Statistical return of the lunatic asylum in Assam - 1912-1932
Year: 1912
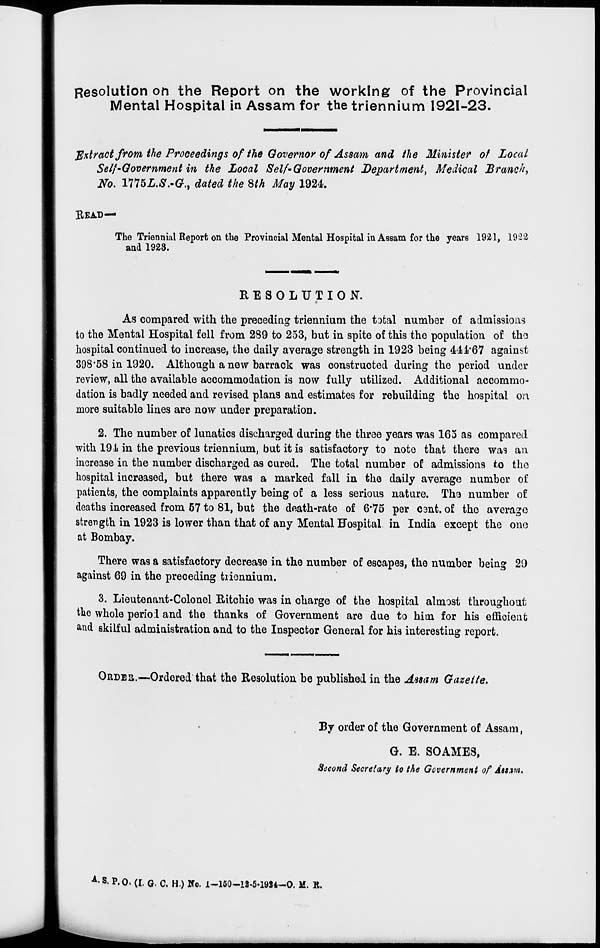
Resolution on the Report on the working of the Provincial
Mental Hospital in Assam for the triennium 1921-23.
Extract from the Proceedings of the Governor of Assam and the Minister of Local
Self-Government in the Local Self'Government Department, Medical Branch,
No. U75L.S.-G., dated the 8th May 1924.
BEAD—
The Triennial Report on the Provincial Mental Hospital in Assam for the years 1921, 1922
and 1923.
RESOLUTION.
As compared with the preceding triennium the total number of admissions
to the Mental Hospital fell from 289 to 253, but in spite of this the population of the
hospital continued to increase, the daily average strength in 1923 being 44ii a 67 against
398*58 in 1920. Although a new barrack was constructed during the period under
review, all the available accommodation is now fully utilized. Additional accommo-
dation is badly needed and revised plans and estimates for rebuilding the hospital on
more suitable lines are now under preparation.
2. The number of lunatics discharged during the three years was 165 as compared
with 191 in the previous triennium, but it is satisfactory to note that there was an
increase in the number discharged as cured. The total number of admissions to the
hospital increased, but there was a marked fall in the daily average number of
patients, the complaints apparently being of a less serious nature. The number of
deaths increased from 57 to 81, but the death-rate of 6*75 per C3nt. of the average
strength in 1923 is lower than that of any Mental Hospital in India except the ono
at Bombay.
There was a satisfactory decrease in the number of escapes, the number being 29
against 69 in the preceding triennium.
3. Lieutenant-Colonel Ritchie was in charge of the hospital almost throughout
the whole periol and the thanks of Government are due to him for his efficient
and skilful administration and to the Inspector General for his interesting report.
ORDEII.—Ordered that the Resolution be published in the Assam Gazelle.
By order of the Government of Assam,
G. E. SOAMES,
Second Secretary to the Government of AMJM.
*• S. P. 0. (I. G. C. H.) No. 1-150-13-5-1984-O. M. B.